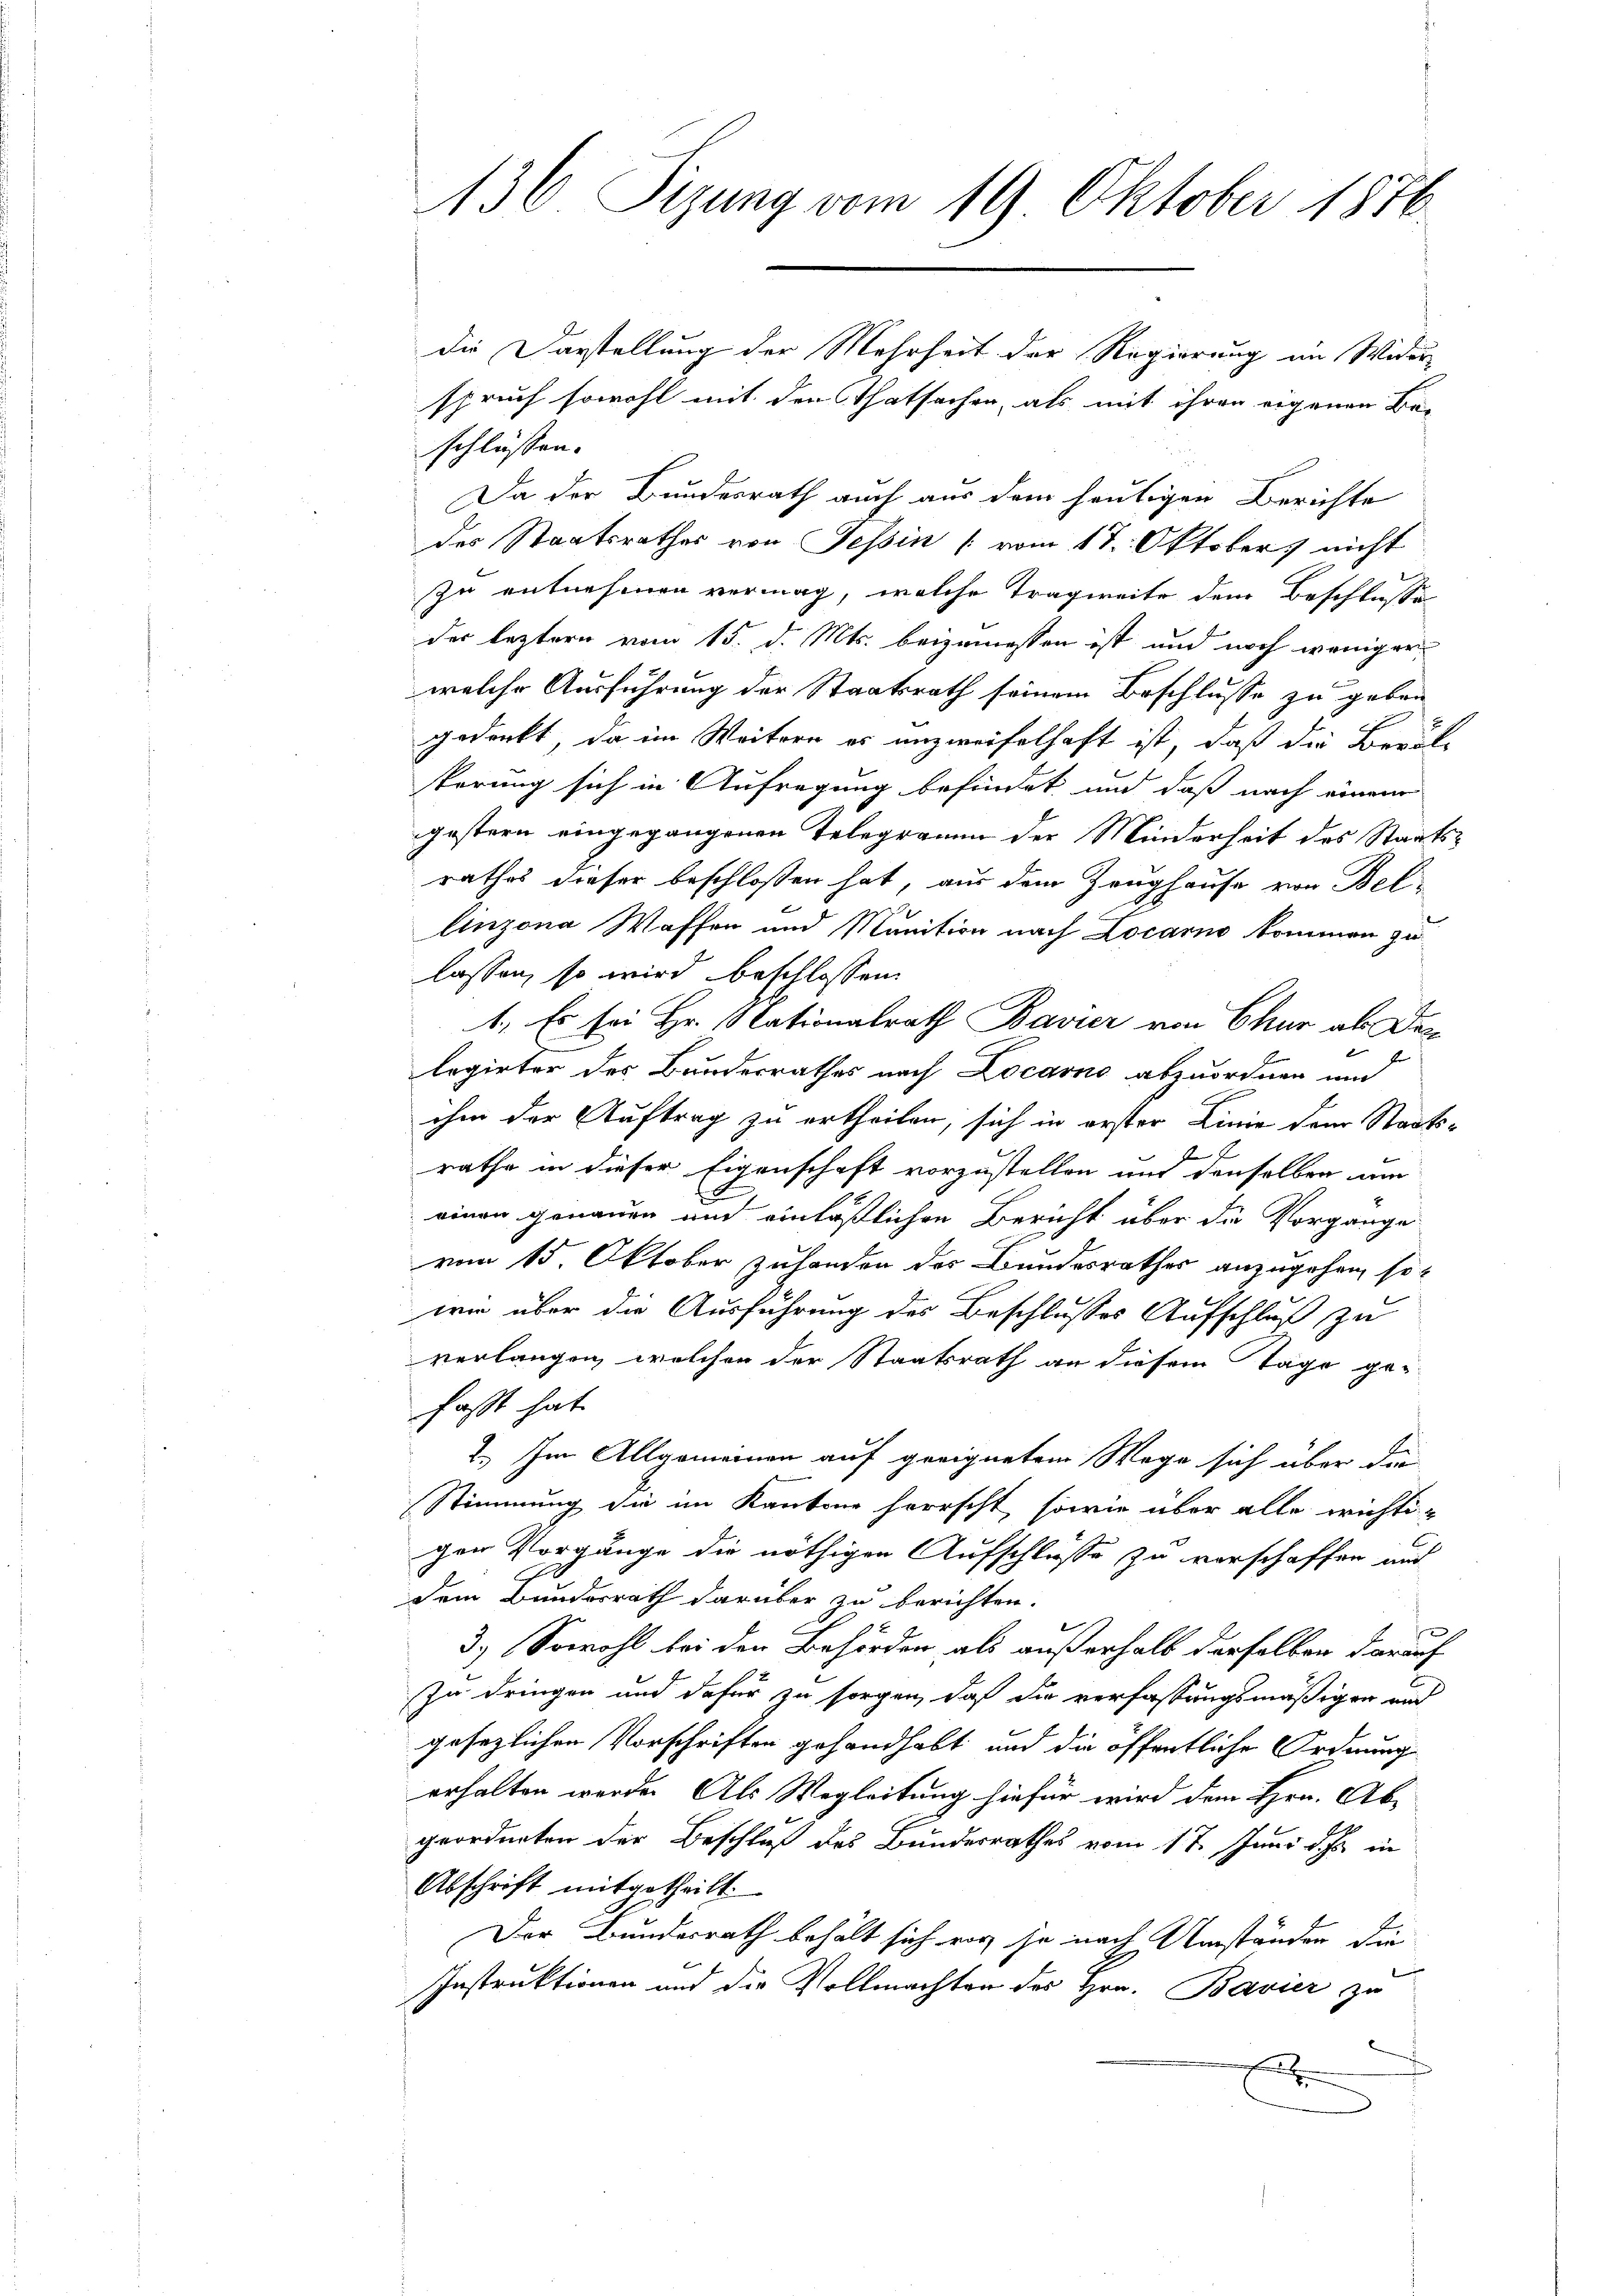
136 Sizung vom 19 Oktober 1876

die Darstellung der Mehrheit der Regierung im Wider-
spruch sowohl mit den Thatsachen, als mit ihren eigenen Be-
schlüssen.
Da der Bundesrath auch aus dem heutigen Berichte
des Staatsrathes von Tessin (vom 17. Oktobers nicht
zu entnehmen vermag, welche Tragweite dem Beschlusse
der leztern vom 15. d. Mts. beizumessen ist und noch weniger
welche Ausführung der Staatsrath seinem Beschlusse zu geben
gedenkt, da im Weitern er unzweifelhaft ist, daß die Berufe
terung sich in Aufregung befindet und daß nach einem
gestern eingegangenen Telegramm der Minderheit des Staatsrathes dieser beschlossen hat, aus dem Zeughause von Bel¬
Anzona Waffen und Munition nach Locarno kommen zu
lassen, so wird beschlossen:
1. Es sei Hr. Nationalrath Bavier von Chur als der
2
legirter des Bundesrathes nach Locarno abzuordnen und
ihm der Auftrag zu ertheilen, sich in erster Linie dem Staatsrathe in dieser Eigenschaft vorzustellen und denselben am
einen genauen und einläßlichen Bericht über die Vorgange
vom 15. Oktober zu hander der Bundesrathes anzugehen, so
wie über die Ausführung des Beschlusses Aufschluß zu
verlangen, welcher der Staatsrath an diesem Tage ge-
faßt hat
2.) Im Allgemeinen auf geeignetem Wege sich über die
Stimmung die im Kantone herrscht, sowie über alle wichtigen Vorgänge die nöthigen Aufschlüsse zu verschaffen and
dem Bundesrath darüber zu berichten.
3.) Sowohl bei den Behörden, als außerhalb derselben darauf
zu dringen und dafür zu sorgen, daß die verfassungsmäßigen und
gesezlichen Vorschriften gehandhabt und die öffentliche Ordnung
erhalten werde. Als Wegleitung hiefür wird dem Hrn. Ab-
geordneten der Beschluß des Bundesrathes vom 17. Juni d. Js. in
Abschrift mitgetheilt.
Der Bundesrath behält sich vor, je nach Umständen die
Instruktionen und die Vollmachten des Hrn. Bavier zu
A